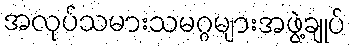
အလုပ်သမားသမဂ္ဂများအဖွဲ့ချုပ်